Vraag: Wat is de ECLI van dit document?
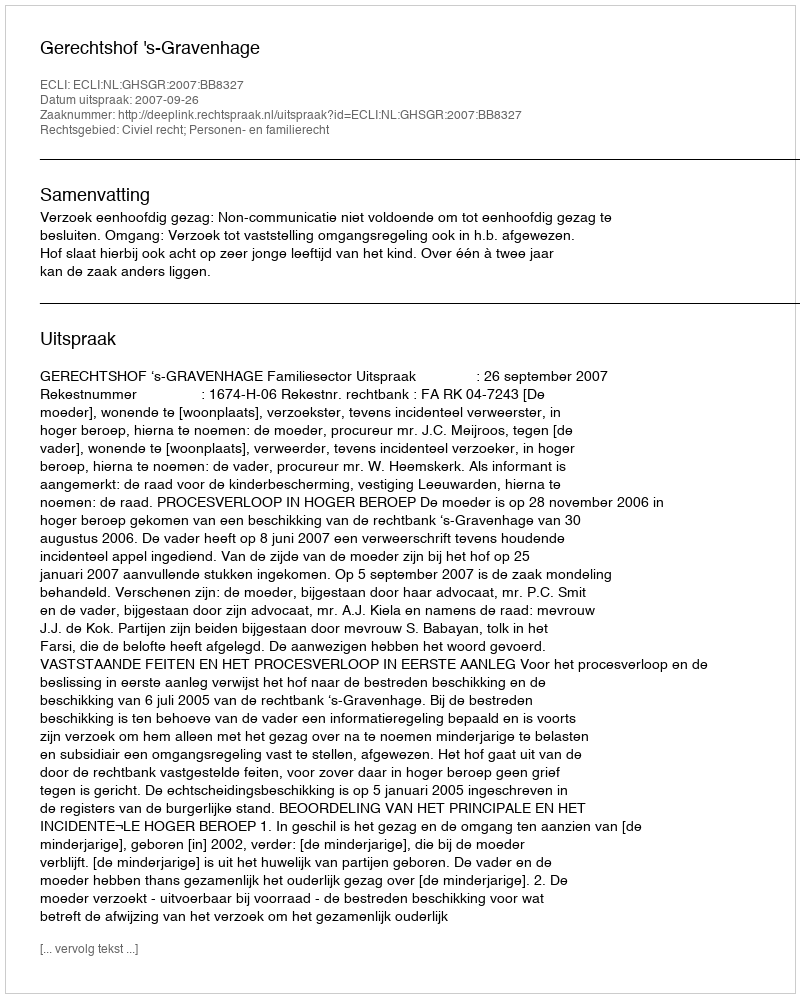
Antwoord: ECLI:NL:GHSGR:2007:BB8327